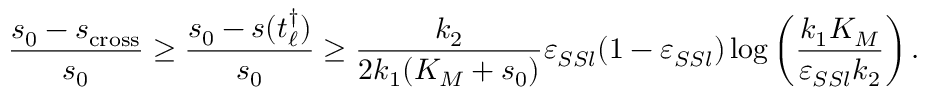
\frac { s _ { 0 } - s _ { \mathrm { c r o s s } } } { s _ { 0 } } \geq \frac { s _ { 0 } - s ( t _ { \ell } ^ { \dagger } ) } { s _ { 0 } } \geq \frac { k _ { 2 } } { 2 k _ { 1 } ( K _ { M } + s _ { 0 } ) } \varepsilon _ { S S l } ( 1 - \varepsilon _ { S S l } ) \log \left( \frac { k _ { 1 } K _ { M } } { \varepsilon _ { S S l } k _ { 2 } } \right) .